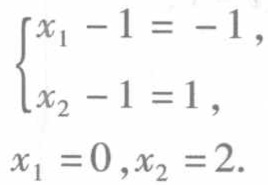
\[
\begin{cases}
x_1 - 1 = -1, \\
x_2 - 1 = 1,
\end{cases}
\]
\[x_1 = 0, x_2 = 2.\]